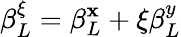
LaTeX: \beta_{L}^{\xi}=\beta_{L}^{\mathbf{x}}+\xi\beta_{L}^{y}